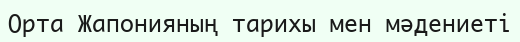
Орта Жапонияның тарихы мен мәдениеті